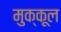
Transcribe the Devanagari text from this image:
मुक्कूल